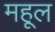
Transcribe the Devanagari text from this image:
महूल